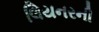
લિયનરની